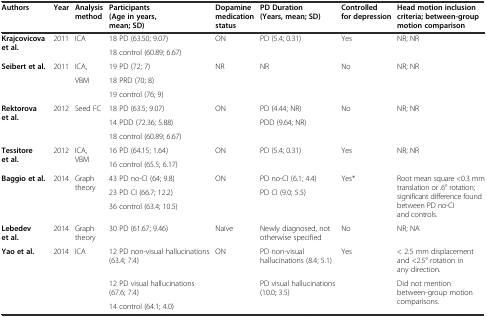
<table><thead><tr><td><b>Authors</b></td><td><b>Year</b></td><td><b>Analysis method</b></td><td><b>Participants (Age in years, mean; SD)</b></td><td><b>Dopamine medication status</b></td><td><b>PD Duration (Years, mean; SD)</b></td><td><b>Controlled for depression</b></td><td><b>Head motion inclusion criteria; between-group motion comparison</b></td></tr></thead><tbody><tr><td rowspan="2"><b>Krajcovicova et al.</b></td><td rowspan="2">2011</td><td rowspan="2">ICA</td><td>18 PD (63.50; 9.07)</td><td rowspan="2">ON</td><td rowspan="2">PD (5.4; 0.31)</td><td rowspan="2">Yes</td><td rowspan="2">NR; NR</td></tr><tr><td>18 control (60.89; 6.67)</td></tr><tr><td rowspan="3"><b>Seibert et al.</b></td><td rowspan="3">2011</td><td>ICA,</td><td>19 PD (72; 7)</td><td rowspan="3">NR</td><td rowspan="3">NR</td><td rowspan="3">No</td><td rowspan="3">NR; NR</td></tr><tr><td rowspan="2">VBM</td><td>18 PRD (70; 8)</td></tr><tr><td>19 control (76; 9)</td></tr><tr><td rowspan="3"><b>Rektorova et al.</b></td><td rowspan="3">2012</td><td rowspan="3">Seed FC</td><td>18 PD (63.5; 9.07)</td><td rowspan="3">ON</td><td>PD (4.44; NR)</td><td rowspan="3">No</td><td rowspan="3">NR; NR</td></tr><tr><td>14 PDD (72.36; 5.88)</td><td rowspan="2">PDD (9.64; NR)</td></tr><tr><td>18 control (60.89; 6.67)</td></tr><tr><td rowspan="2"><b>Tessitore et al.</b></td><td rowspan="2">2012</td><td rowspan="2">ICA, VBM</td><td>16 PD (64.15; 1.64)</td><td rowspan="2">ON</td><td rowspan="2">PD (5.4; 0.31)</td><td rowspan="2">Yes</td><td rowspan="2">NR; NR</td></tr><tr><td>16 control (65.5; 6.17)</td></tr><tr><td rowspan="3"><b>Baggio et al.</b></td><td rowspan="3">2014</td><td rowspan="3">Graph theory</td><td>43 PD no-CI (64; 9.8)</td><td rowspan="3">ON</td><td>PD no-CI (6.1; 4.4)</td><td rowspan="3">Yes*</td><td rowspan="3">Root mean square &lt;0.3 mm translation or .6° rotation; significant difference found between PD no-CI and controls.</td></tr><tr><td>23 PD CI (66.7; 12.2)</td><td rowspan="2">PD CI (9.0; 5.5)</td></tr><tr><td>36 control (63.4; 10.5)</td></tr><tr><td><b>Lebedev et al.</b></td><td>2014</td><td>Graph theory</td><td>30 PD (61.67; 9.46)</td><td>Naïve</td><td>Newly diagnosed, not otherwise specified</td><td>No</td><td>NR; NA</td></tr><tr><td rowspan="3"><b>Yao et al.</b></td><td rowspan="3">2014</td><td rowspan="3">ICA</td><td>12 PD non-visual hallucinations (63.4; 7.4)</td><td rowspan="3">ON</td><td>PD non-visual hallucinations (8.4; 5.1)</td><td rowspan="3">Yes</td><td>&lt; 2.5 mm displacement and &lt;2.5° rotation in any direction.</td></tr><tr><td>12 PD visual hallucinations (67.6; 7.4)</td><td rowspan="2">PD visual hallucinations (10.0; 3.5)</td><td rowspan="2">Did not mention between-group motion comparisons.</td></tr><tr><td>14 control (64.1; 4.0)</td></tr></tbody></table>